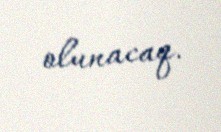
olunacaq.